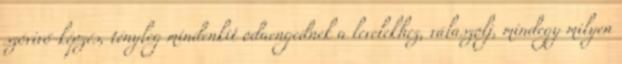
szóvivő-képzés, tényleg mindenkit odaengednek a levelekhez, válaszolj, mindegy milyen